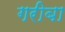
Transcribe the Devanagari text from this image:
गरीबा